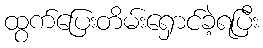
ထွက်ပြေးတိမ်းရှောင်ခဲ့ရပြီး